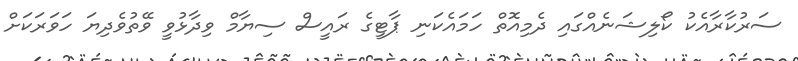
ސަރުކާރާއެކު ކޯލިޝަނެއްގައި ދެމިއޮތް ހަމައެކަނި ޕާޓީގެ ރައީސް ސިޔާމް ވިދާޅުވީ ވޭތުވެދިޔަ ހަވަރަކަށް